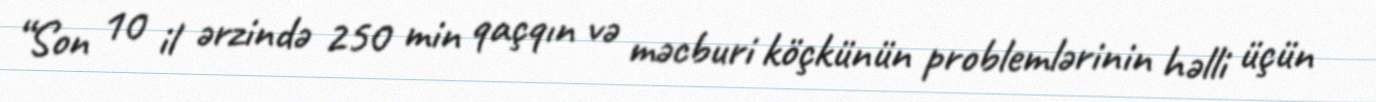
“Son 10 il ərzində 250 min qaçqın və məcburi köçkünün problemlərinin həlli üçün